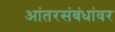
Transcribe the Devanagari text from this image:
आंतरसंबंधांवर